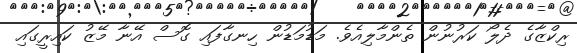
ރިކްޒާގެ ދެލޯ ކަރުނުން ތެންމާލިއެވެ. މަޑުމަޑުން ހިނގާފައި ގޮސް އޭނާ މޭޒު ކައިރީގައި